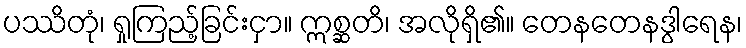
ပဿိတုံ၊ ရှုကြည့်ခြင်းငှာ။ ဣစ္ဆတိ၊ အလိုရှိ၏။ တေနတေနဒွါရေန၊